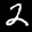
Label: 2